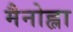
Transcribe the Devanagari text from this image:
मैनोह्ला